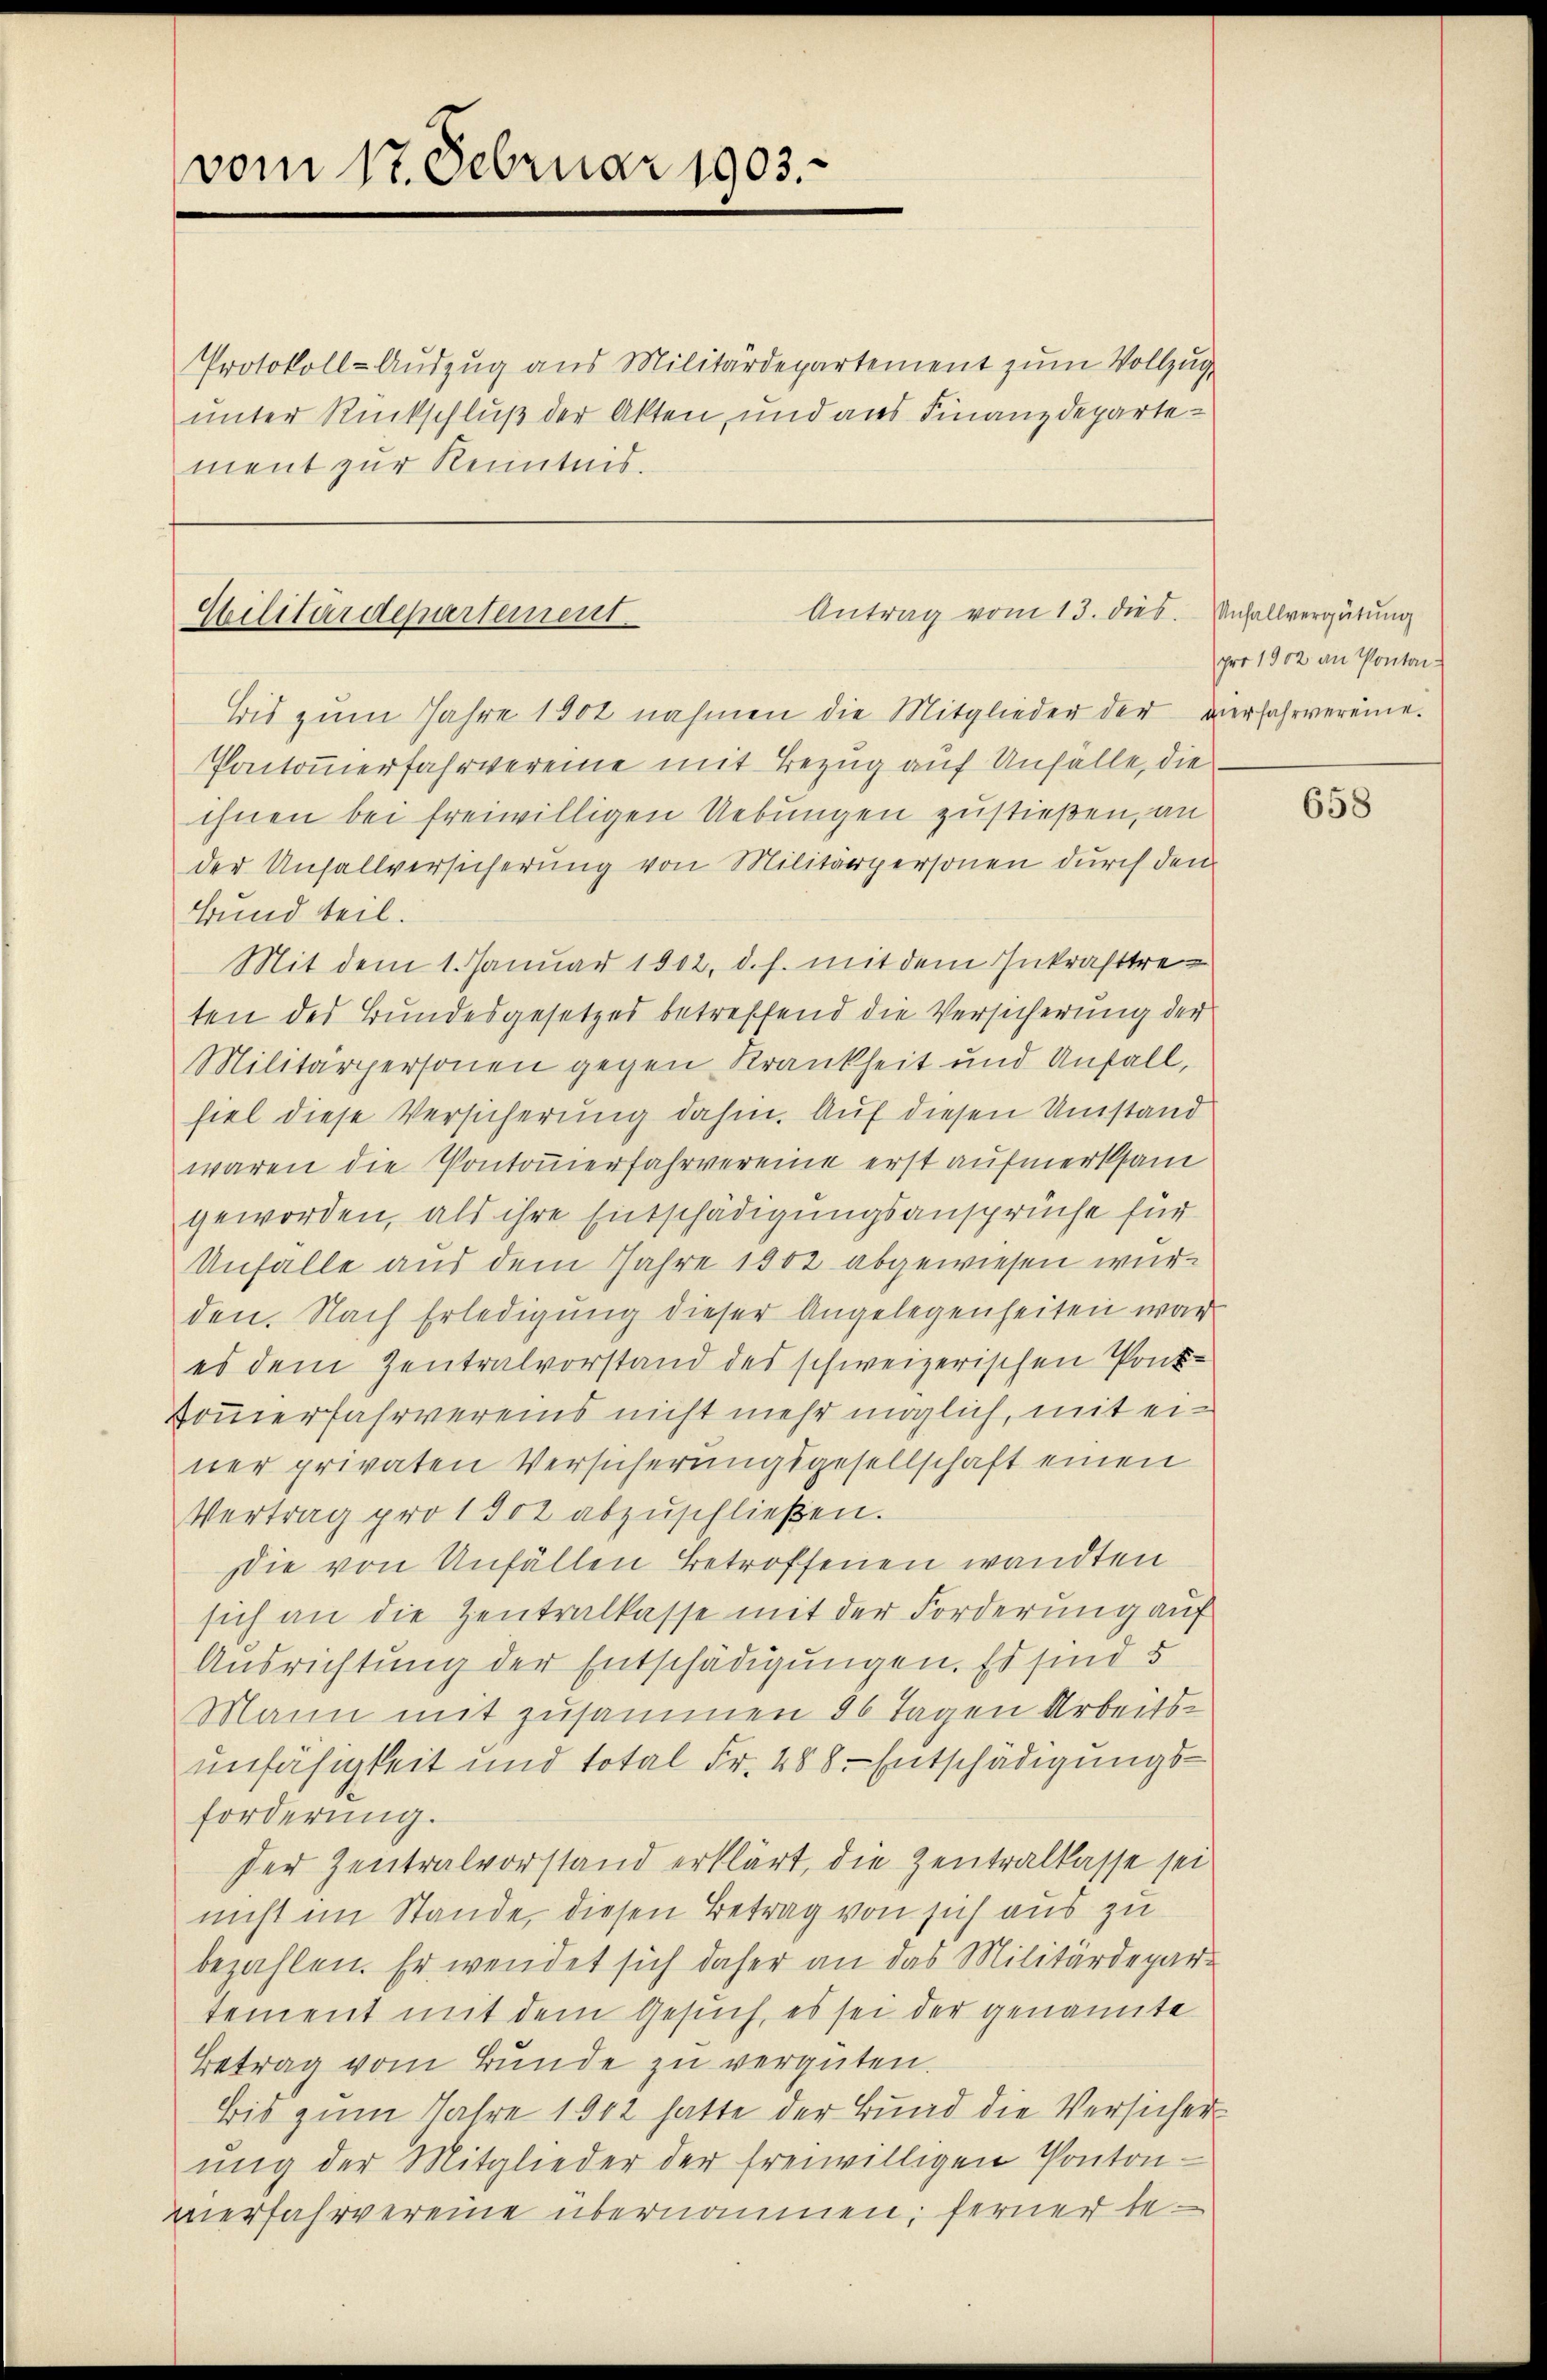
vom 17. Februar 1903.

Protokoll-Auszug aus Militärdepartement zum Vollzug
unter Rückschluß der Akten und aus Finanzdepartement zur Kenntnis.

Antrag vom 13. dies
Militärdepartement

Bis zum Jahre 1902 nahmen die Mitglieder der vierfahrvereine
Pantonerfahrvereine mit Bezug auf Unfälle, die
ihnen bei freiwilligen Uebungen zustießen, an
der Unfallversicherung von Militärpersonen durch den
Bund teil.
Mit dem 1. Januar 1802. d. h. mit dem Inkrafttreten des Bundesgesetzes betreffend die Versicherung der
Militärpersonen gegen Krankheit und Unfall,
fiel diese Versicherung dahin. Auf diesen Umstand
waren die Pontonierfahrvereine erst aufmerksam
geworden, als ihre Entschädigungsansprüche für
Unfalle aus dem Jahre 1802 abgewiesen wurden. Nach Erledigung dieser Angelegenheiten war
es dem Zentralvorstand des schweizerischen Pont¬
Sömmerfahrvereins nicht mehr möglich, mit einer privaten Versicherungsgesellschaft einen
Vertrag pro 1902 abzuschließen.
Die von Unfällen Betroffenen wandten
sich an die Zentralkasse mit der Forderung auf
Ausrichtung der Entschädigungen. Es sind 5
Mann mit zusammen 26 Tagen Arbeitsunfähigkeit und total Fr. 488. Entschädigungs-
forderung.
der Zentralvorstand erklärt, die Zentralkasse sei
nicht im Stande, diesen Betrag von sich aus zu
bezahlen. Er wendet sich daher an das Militärdepartement mit dem Gesuch, es sei der genannte
Betrag vom Bunde zu vergüten.
Bis zum Jahre 1942 hatte der Bund die Versicher
ung der Mitglieder der freiwilligen Pontonverfahrvereine übernommen; ferner be¬

Unfallvergütung
pro 1902 an Pontai¬

658